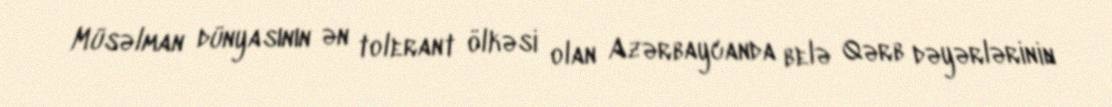
Müsəlman dünyasının ən tolerant ölkəsi olan Azərbaycanda belə Qərb dəyərlərinin